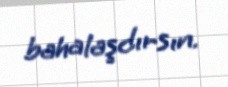
bahalaşdırsın.